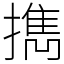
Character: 擕